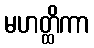
မဟတ္ထိကာ